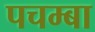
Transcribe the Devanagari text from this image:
पचम्बा